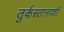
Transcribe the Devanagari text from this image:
तुर्कस्तानाशी